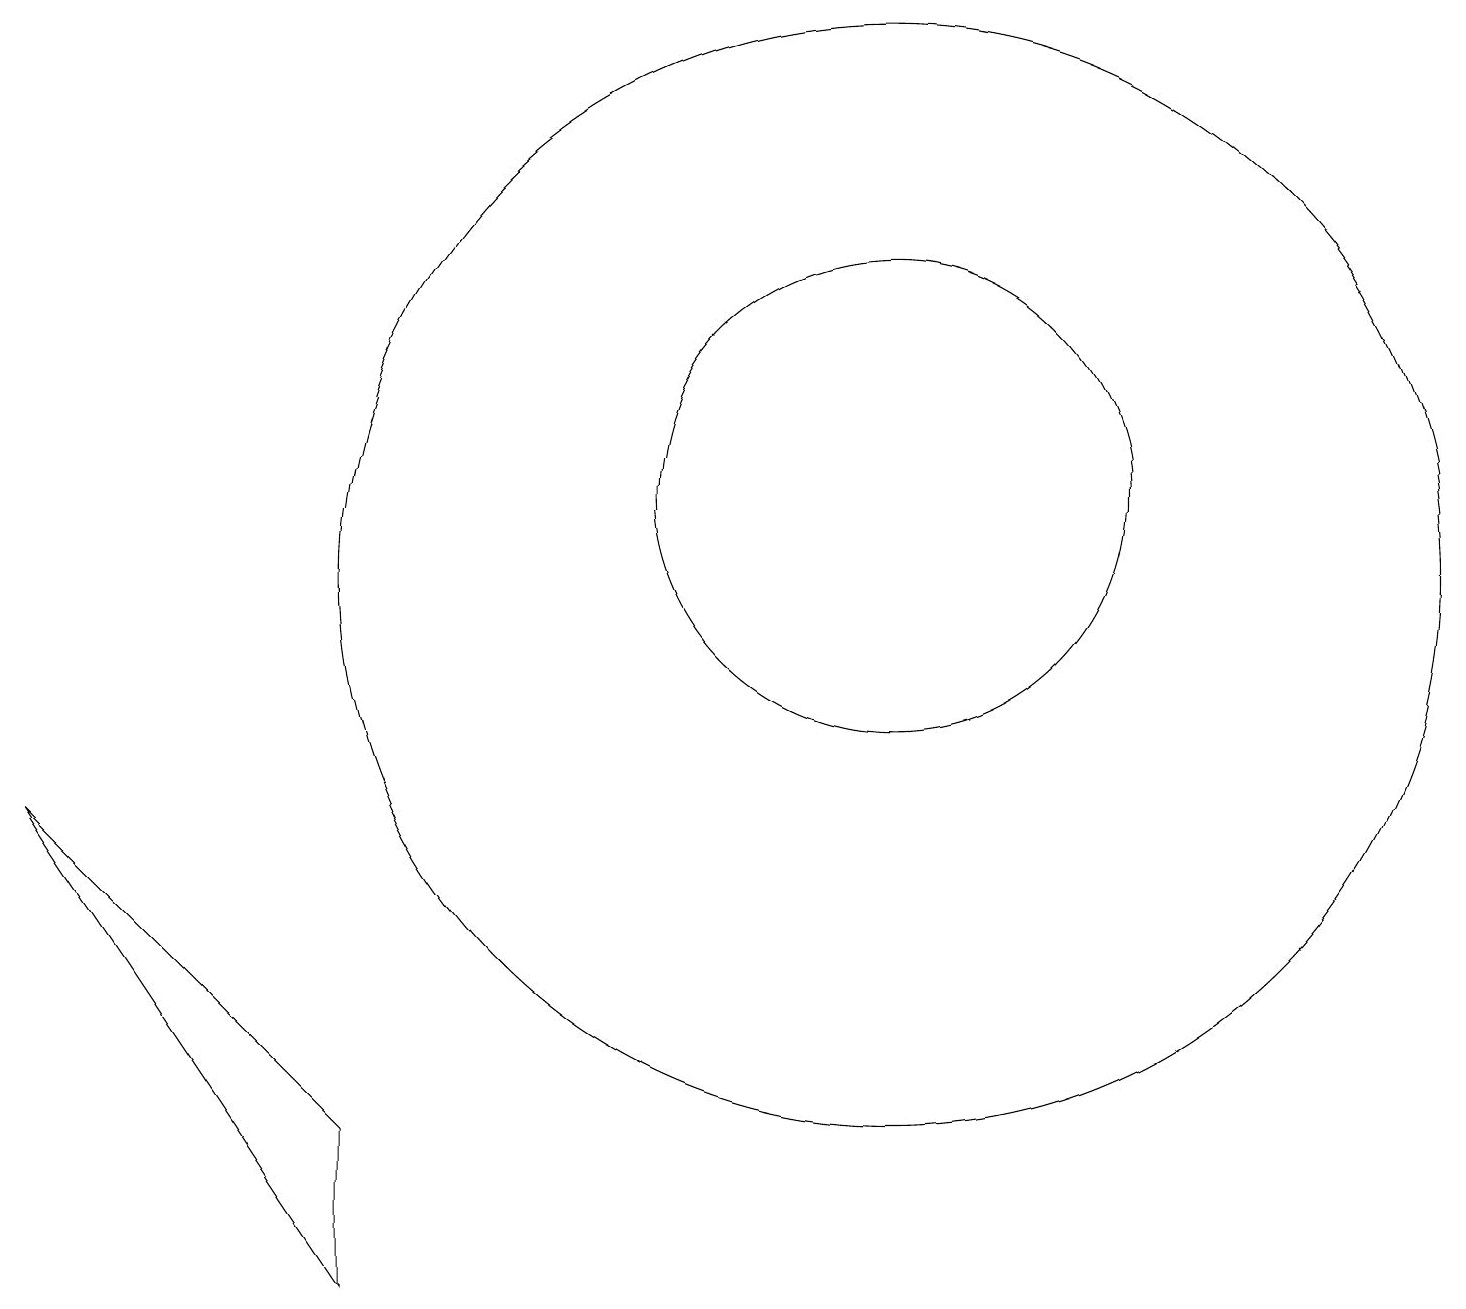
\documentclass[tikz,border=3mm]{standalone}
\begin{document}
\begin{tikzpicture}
\draw (11,11) circle (7);
\draw (11,12) circle (3);
\draw (4,4) -- (4,2) -- (0,8) -- cycle;
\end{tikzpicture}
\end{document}